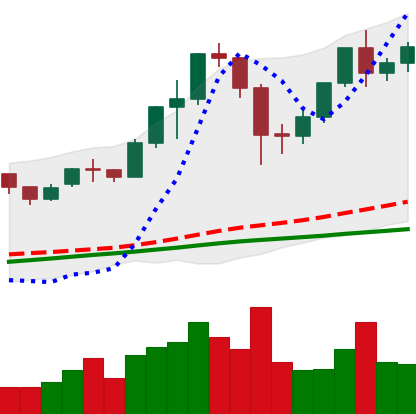
Ticker: ETH-USD
Chart end date: 2020-12-03
Forward return: -10.034%
Label: down_7plus